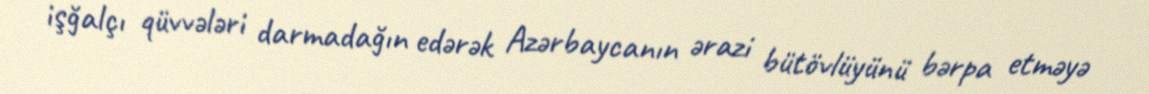
işğalçı qüvvələri darmadağın edərək Azərbaycanın ərazi bütövlüyünü bərpa etməyə